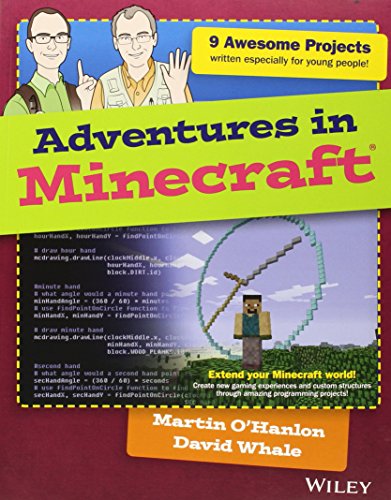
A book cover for Adventures in Minecraft; David Whale; Humor & Entertainment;